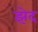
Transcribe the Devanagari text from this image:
झेद